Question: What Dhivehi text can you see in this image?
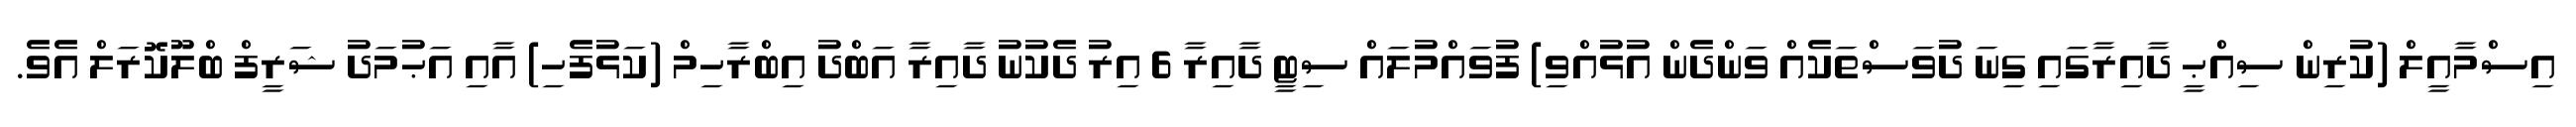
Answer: އިސްމާއީލް (ކުރިން ސިއްޙީ ދާއިރާގައި ގިނަ ދުވަސްތަކެއް ވަންދެން އުޅުއްވި) ފުވައްމުލައް ސިޓީ ދާއިރާ 6 އިރު ދެކުނު ދާއިރާ އަބްދު އިބްރާހިމް (ކަޅުފެހި) އާއި އަޙުމަދު ޝަރީފް ބްލޫކޮރަލް އެވެ.